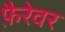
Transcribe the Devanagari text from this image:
फ़ैरेवर